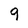
Character: 9